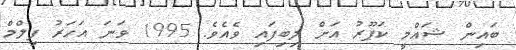
ބައިން ޝައްމީ ކަޕޫރު އަށް ލިބިފައި ވެއެވެ. 1995 ވަނަ އަހަރު ފިލްމް